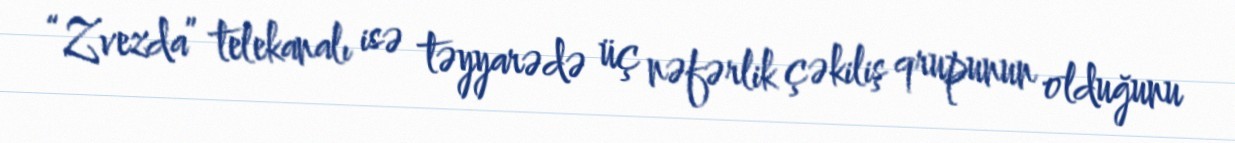
“Zvezda” telekanalı isə təyyarədə üç nəfərlik çəkiliş qrupunun olduğunu